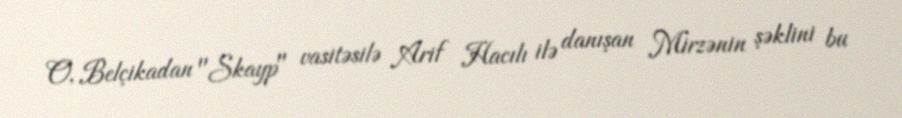
O, Belçikadan "Skayp" vasitəsilə Arif Hacılı ilə danışan Mirzənin şəklini bu